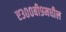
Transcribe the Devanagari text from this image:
ए३००बी९मधील